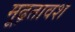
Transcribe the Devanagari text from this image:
मूढ़तावश